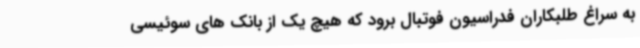
به سراغ طلبکاران فدراسیون فوتبال برود که هیچ یک از بانک های سوئیسی